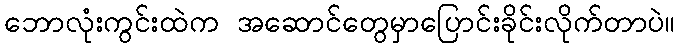
ဘောလုံးကွင်းထဲက အဆောင်တွေမှာပြောင်းခိုင်းလိုက်တာပဲ။